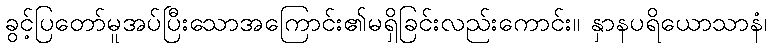
ခွင့်ပြတော်မူအပ်ပြီးသောအကြောင်း၏မရှိခြင်းလည်းကောင်း။ နှာနပရိယောသာနံ၊